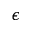
\epsilon